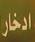
ادخار